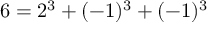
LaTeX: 6 = 2 ^ { 3 } + ( - 1 ) ^ { 3 } + ( - 1 ) ^ { 3 }